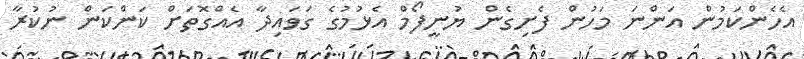
އެހެންކަމުން އަންނަ މަހުން ފެށިގެން ޔުނީފޯމް އެޅުމުގެ ގަވައިދާ އެއްގޮތަށް ކަންކަން ނުކުރާ